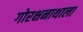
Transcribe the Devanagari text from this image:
गोरक्षनाथाला